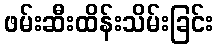
ဖမ်းဆီးထိန်းသိမ်းခြင်း